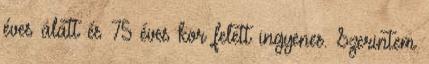
éves alatt és 75 éves kor felett ingyenes. Szerintem